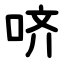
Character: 哜